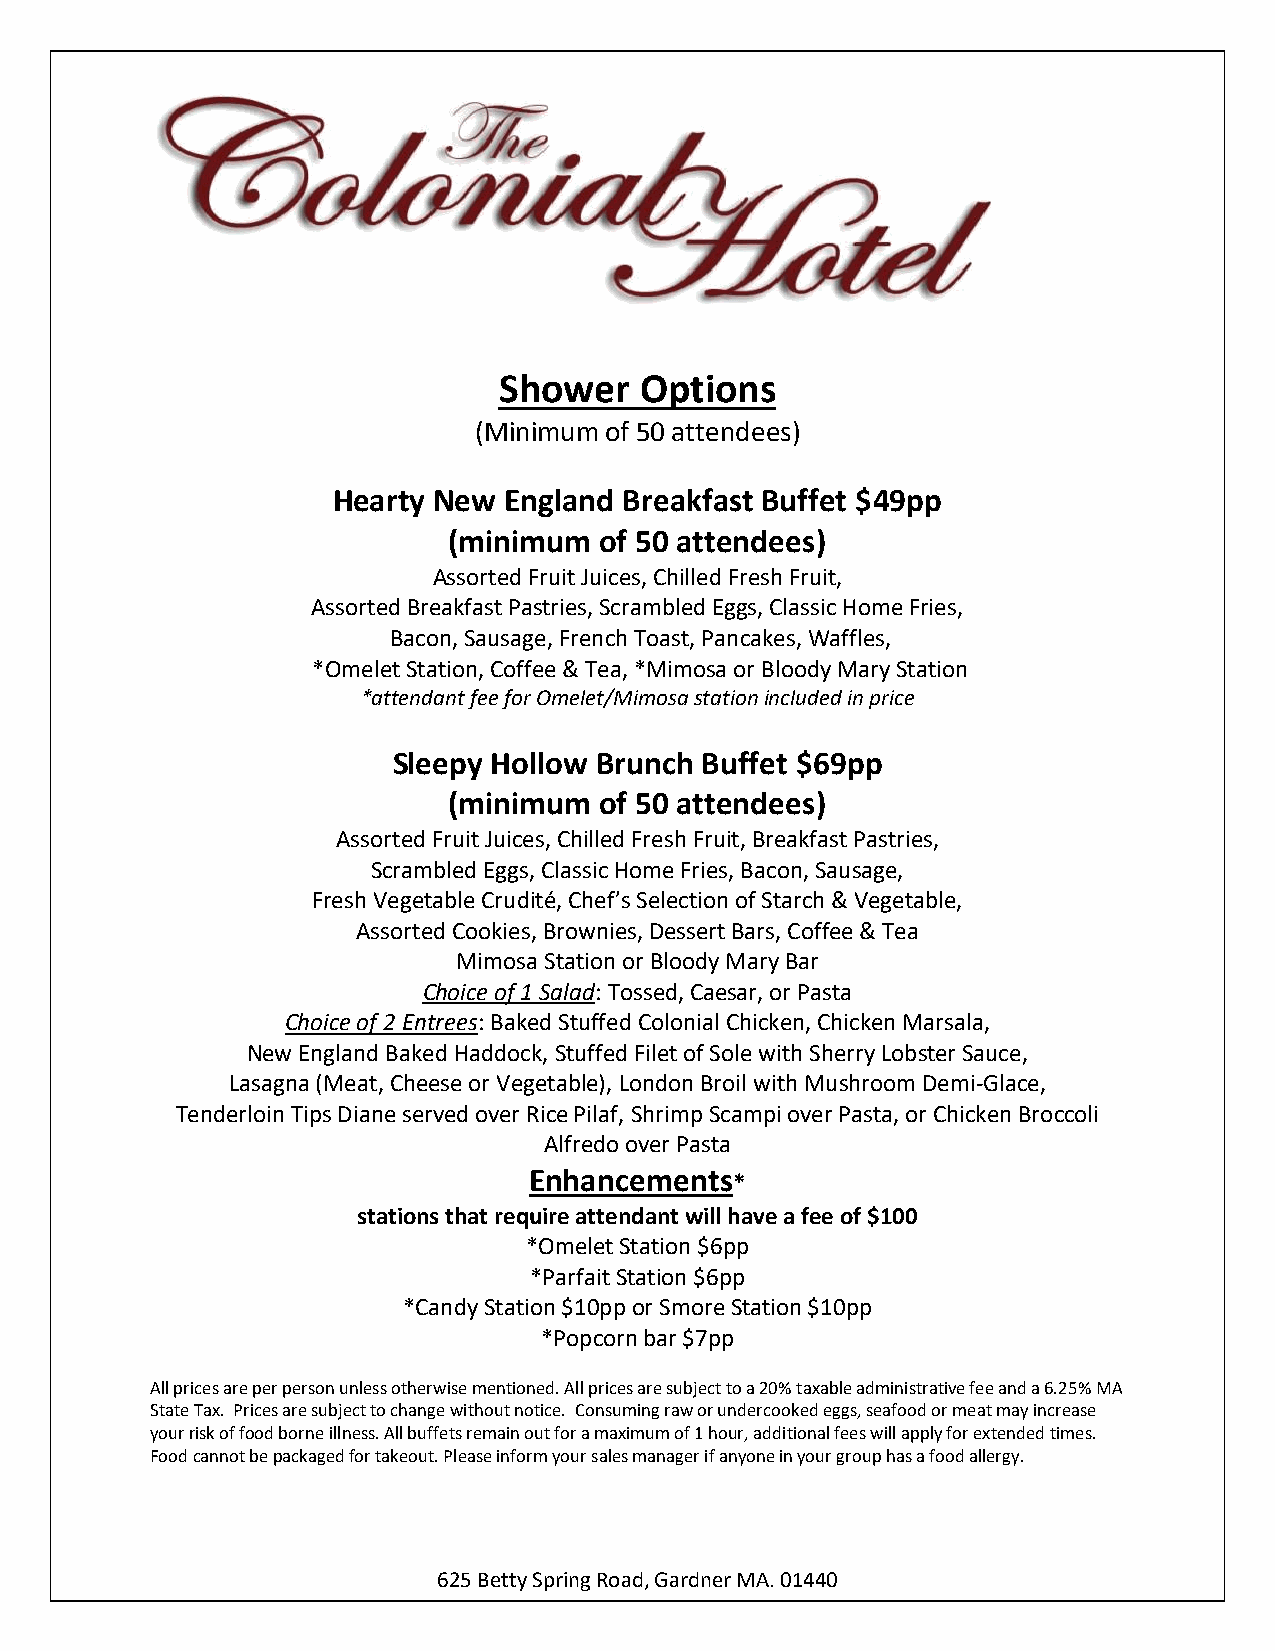
Shower   Options
 (Minimum of 50 attendees)
 Hearty New England Breakfast Buffet $49pp
 (minimum  of 50 attendees)
 Assorted Fruit Juices, Chilled Fresh Fruit,
 Assorted Breakfast Pastries, Scrambled Eggs, Classic Home Fries,
 Bacon, Sausage, French Toast, Pancakes, Waffles,
 *Omelet Station, Coffee & Tea, *Mimosa or Bloody Mary Station
 *attendant fee for Omelet/Mimosa station included in price
 Sleepy Hollow Brunch Buffet $69pp
 (minimum  of 50 attendees)
 Assorted Fruit Juices, Chilled Fresh Fruit, Breakfast Pastries,
 Scrambled Eggs, Classic Home Fries, Bacon, Sausage,
 Fresh Vegetable Crudité, Chef’s Selection of Starch & Vegetable,
 Assorted Cookies, Brownies, Dessert Bars, Coffee & Tea
 Mimosa Station or Bloody Mary Bar
 Choice of 1 Salad: Tossed, Caesar, or Pasta
 Choice of 2 Entrees: Baked Stuffed Colonial Chicken, Chicken Marsala,
 New England Baked Haddock, Stuffed Filet of Sole with Sherry Lobster Sauce,
 Lasagna (Meat, Cheese or Vegetable), London Broil with Mushroom Demi-Glace,
 Tenderloin Tips Diane served over Rice Pilaf, Shrimp Scampi over Pasta, or Chicken Broccoli
 Alfredo over Pasta
 Enhancements*
 stations that require attendant will have a fee of $100
 *Omelet Station $6pp
 *Parfait Station $6pp
 *Candy Station $10pp or Smore Station $10pp
 *Popcorn bar $7pp
 All prices are per person unless otherwise mentioned. All prices are subject to a 20% taxable administrative fee and a 6.25% MA
 State Tax. Prices are subject to change without notice. Consuming raw or undercooked eggs, seafood or meat may increase
 your risk of food borne illness. All buffets remain out for a maximum of 1 hour, additional fees will apply for extended times.
 Food cannot be packaged for takeout. Please inform your sales manager if anyone in your group has a food allergy.
 625 Betty Spring Road, Gardner MA. 01440